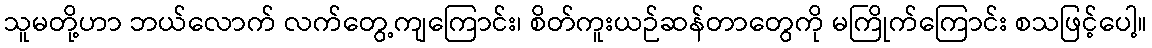
သူမတို့ဟာ ဘယ်လောက် လက်တွေ့ကျကြောင်း၊ စိတ်ကူးယဉ်ဆန်တာတွေကို မကြိုက်ကြောင်း စသဖြင့်ပေါ့။